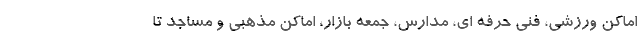
اماکن ورزشی، فنی حرفه ای، مدارس، جمعه بازار، اماکن مذهبی و مساجد تا